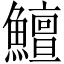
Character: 鱣